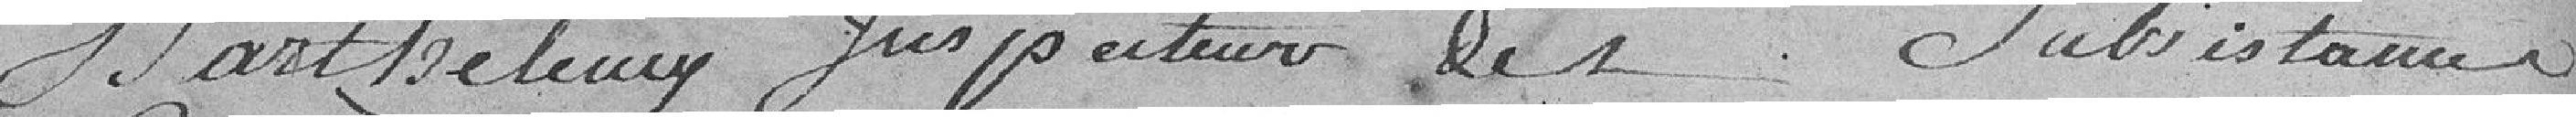
Barthelemy inspecteur des subsistances